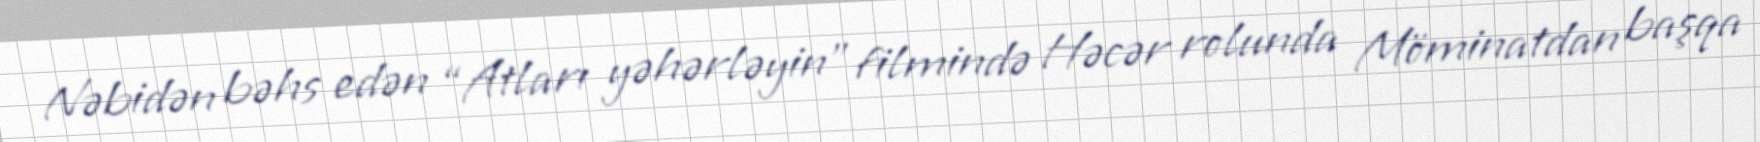
Nəbidən bəhs edən “Atları yəhərləyin” filmində Həcər rolunda Möminatdan başqa